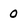
Character: 0